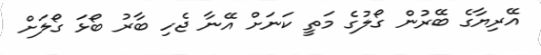
އޭރިޔާގެ ބޭރުން ގޯލުގެ މަތީ ކަނަށް އޭނާ ޖެހި ބާރު ބޯޅަ ގޯލަށް